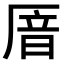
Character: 𫨏